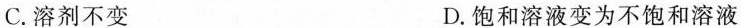
C.溶剂不变 D.饱和溶液变为不饱和溶液